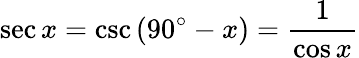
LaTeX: \sec x=\csc\left(90^{\circ}-x\right)={\frac{1}{\cos x}}